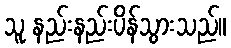
သူ နည်းနည်းပိန်သွားသည်။